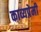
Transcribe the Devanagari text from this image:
काव्यप्रेमी